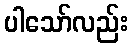
ပါသော်လည်း